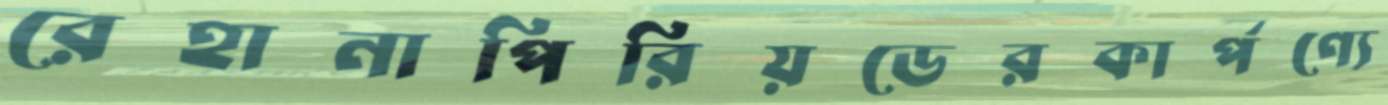
রেহানাপিরিয়ডেরকার্পণ্যে